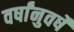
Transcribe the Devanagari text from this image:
वर्षांनुवर्षे